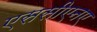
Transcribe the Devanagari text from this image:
एससीएनए